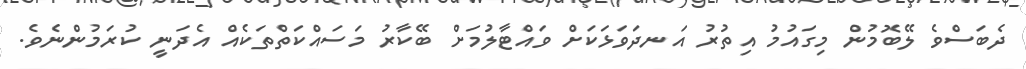
ދެބަސްވެ ލޭބޮމުން މިގައުމު އިތުރު އަނދަވަޅަކަށް ވައްޓާލުމަށް ބޭކާރު މަސައްކަތްތަކެއް އެދަނީ ކުރަމުންނެވެ.